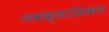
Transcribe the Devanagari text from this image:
नवक्लासिकल